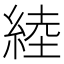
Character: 𦁪